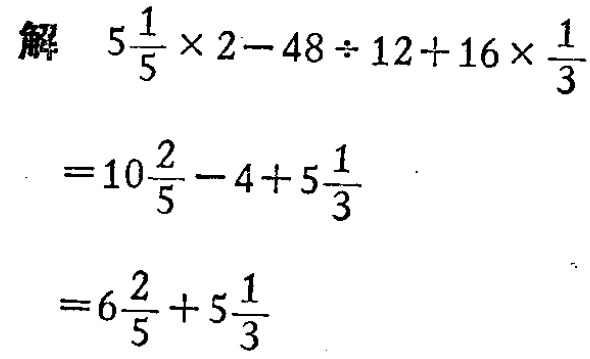
解

\[

\begin{align*}

&5\frac{1}{5} \times 2 - 48 \div 12 + 16 \times \frac{1}{3}\\

=&10\frac{2}{5} - 4 + 5\frac{1}{3}\\

=&6\frac{2}{5} + 5\frac{1}{3}

\end{align*}

\]